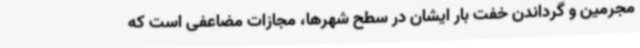
مجرمین و گرداندن خفت بار ایشان در سطح شهرها، مجازات مضاعفی است که